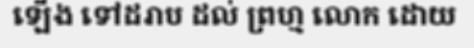
ឡើង ទៅដរាប ដល់ ព្រហ្ម លោក ដោយ